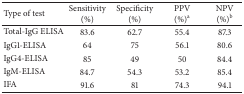
<table><thead><tr><td><b>Type of test</b></td><td><b>Sensitivity(%)</b></td><td><b>Specificity(%)</b></td><td><b>PPV(%)<sup>a</sup></b></td><td><b>NPV(%)<sup>b</sup></b></td></tr></thead><tbody><tr><td>Total-IgG ELISA</td><td>83.6</td><td>62.7</td><td>55.4</td><td>87.3</td></tr><tr><td>IgG1-ELISA</td><td>64</td><td>75</td><td>56.1</td><td>80.6</td></tr><tr><td>IgG4-ELISA</td><td>85</td><td>49</td><td>50</td><td>84.4</td></tr><tr><td>IgM-ELISA</td><td>84.7</td><td>54.3</td><td>53.2</td><td>85.4</td></tr><tr><td>IFA</td><td>91.6</td><td>81</td><td>74.3</td><td>94.1</td></tr></tbody></table>